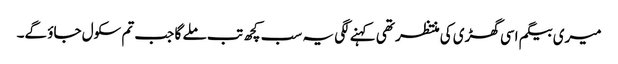
میری بیگم اسی گھڑی کی منتظر تھی کہنے لگی یہ سب کچھ تب ملے گا جب تم سکول جاؤ گے۔